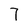
Character: 7